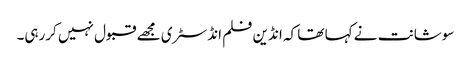
سوشانت نے کہا تھا کہ انڈین فلم انڈسٹری مجھے قبول نہیں کررہی۔